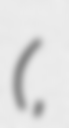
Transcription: (保津川,